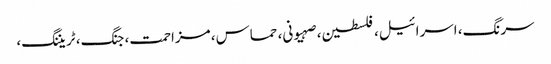
سرنگ، اسرائیل، فلسطین، صہیونی، حماس، مزاحمت، جنگ، ٹریننگ،